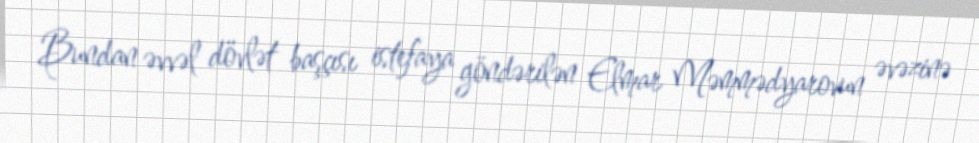
Bundan əvvəl dövlət başçısı istefaya göndərilən Elmar Məmmədyarovun əvəzinə